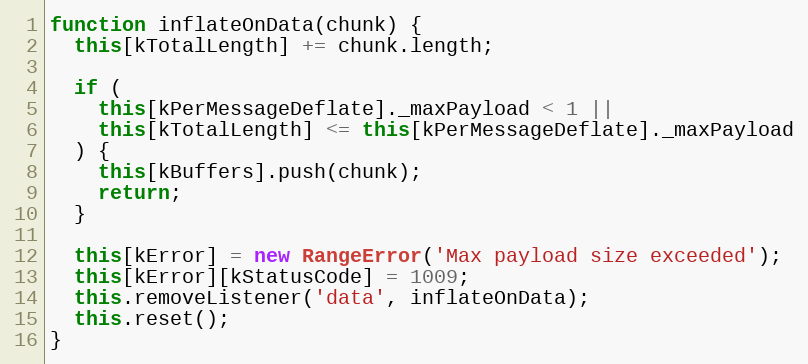
Language: JavaScript
function inflateOnData(chunk) {
  this[kTotalLength] += chunk.length;

  if (
    this[kPerMessageDeflate]._maxPayload < 1 ||
    this[kTotalLength] <= this[kPerMessageDeflate]._maxPayload
  ) {
    this[kBuffers].push(chunk);
    return;
  }

  this[kError] = new RangeError('Max payload size exceeded');
  this[kError][kStatusCode] = 1009;
  this.removeListener('data', inflateOnData);
  this.reset();
}